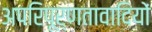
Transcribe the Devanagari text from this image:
अपरिपूर्णतावादियों